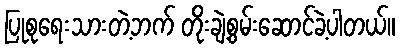
ပြုစုရေးသားတဲ့ဘက် တိုးချဲ့စွမ်းဆောင်ခဲ့ပါတယ်။